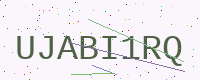
Text: UJABI1RQ